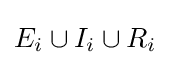
E_{i}\cup I_{i}\cup R_{i}